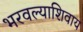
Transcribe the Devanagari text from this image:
भरवल्याशिवाय